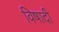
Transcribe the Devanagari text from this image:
विषादी